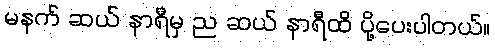
မနက် ဆယ် နာရီမှ ည ဆယ် နာရီထိ ပို့ပေးပါတယ်။